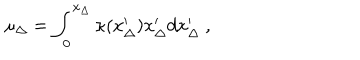
\mu _ { \Delta } = \int _ { 0 } ^ { x _ { \Delta } } \kappa ( x _ { \Delta } ^ { \prime } ) x _ { \Delta } ^ { \prime } d x _ { \Delta } ^ { \prime } \ ,